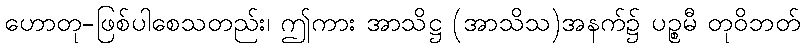
ဟောတု-ဖြစ်ပါစေသတည်း၊ ဤကား အာသိဋ္ဌ (အာသိသ)အနက်၌ ပဉ္စမီ တုဝိဘတ်